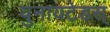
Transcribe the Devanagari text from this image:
युनायटेडस्